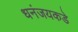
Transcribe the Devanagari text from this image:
धनंजयकडे